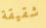
شقيقة